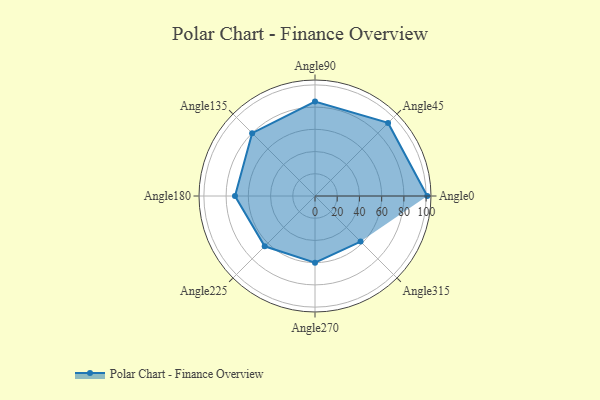
{"axis": {"x": "Angle", "y": "Radius"}, "legend": [""], "data": [{"x": "Angle0", "y": 101.0, "type": ""}, {"x": "Angle45", "y": 93.0, "type": ""}, {"x": "Angle90", "y": 85.0, "type": ""}, {"x": "Angle135", "y": 80.0, "type": ""}, {"x": "Angle180", "y": 72.0, "type": ""}, {"x": "Angle225", "y": 64.0, "type": ""}, {"x": "Angle270", "y": 60.0, "type": ""}, {"x": "Angle315", "y": 58.0, "type": ""}]}